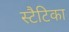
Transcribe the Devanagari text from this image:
स्टैटिका